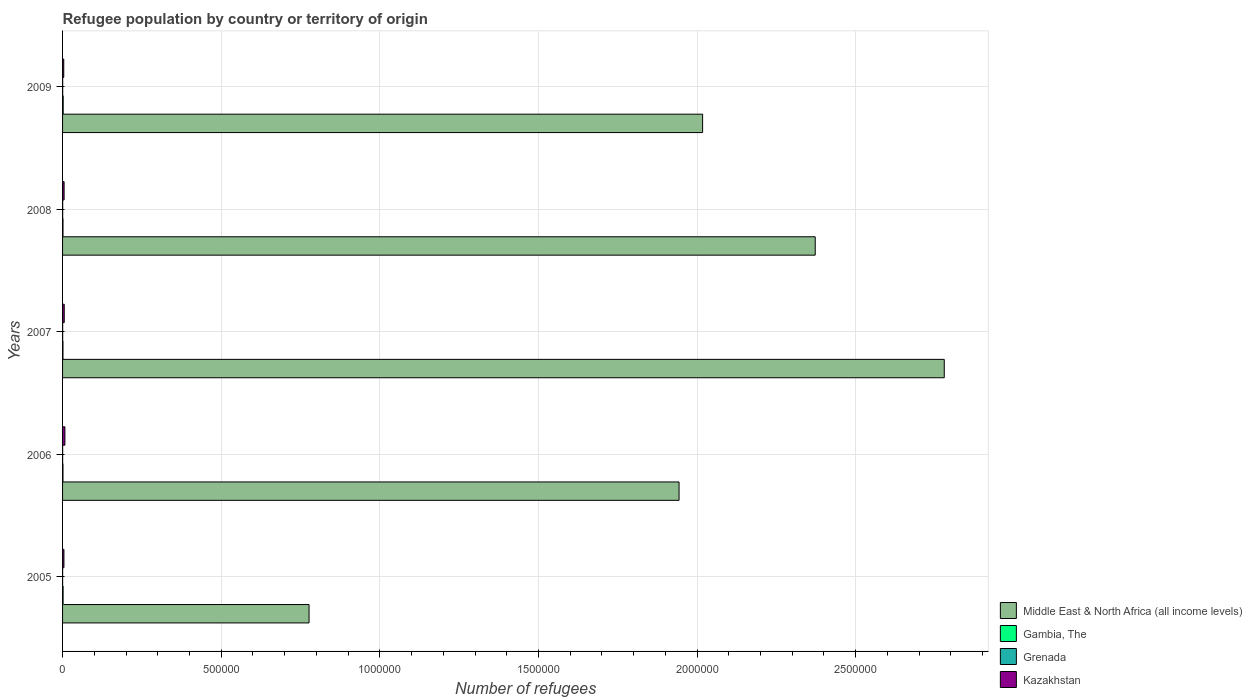
| Years | Middle East & North Africa (all income levels) | Gambia, The | Grenada | Kazakhstan |
 | --- | --- | --- | --- | --- |
 | 2005 | 7.77e+05 | 1.68e+03 | 152 | 4.32e+03 |
 | 2006 | 1.94e+06 | 1.25e+03 | 202 | 7.38e+03 |
 | 2007 | 2.78e+06 | 1.27e+03 | 297 | 5.24e+03 |
 | 2008 | 2.37e+06 | 1.35e+03 | 312 | 4.82e+03 |
 | 2009 | 2.02e+06 | 1.97e+03 | 333 | 3.74e+03 |